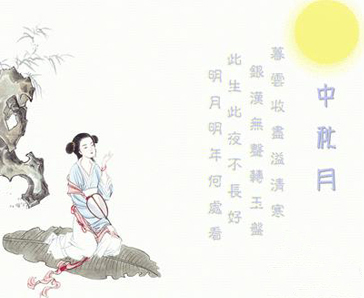
不知马骨伤寒水，惟见龙城起暮云。